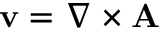
\mathbf { v } = \nabla \times \mathbf { A }